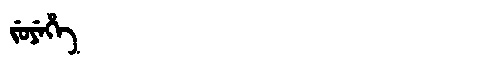
Manchu: ᠵᡠᠶᡝᡥᡝ
Romanization: JUYEHE